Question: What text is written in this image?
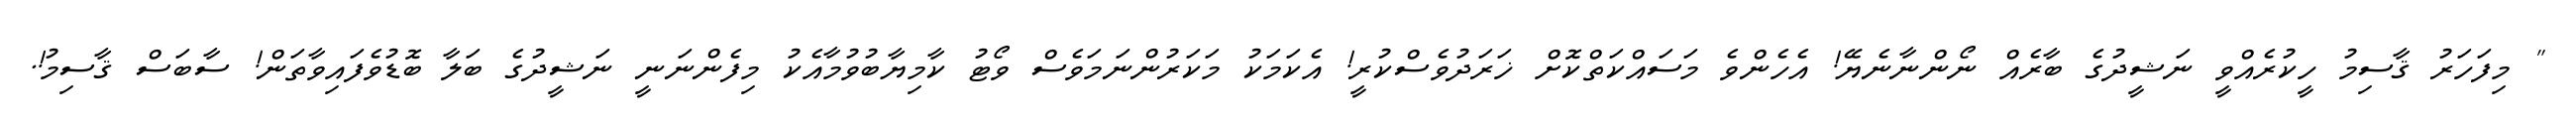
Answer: " މިފަހަރު ޤާސިމު ހީކުރެއްވީ ނަޝީދުގެ ބާރެއް ނޯންނާނެޔޭ! އެހެންވެ މަސައްކަތްކޮށް ޚަރަދުވެސްކުރީ! އެކަމަކު މަކަރުންނަމަވެސް ވޯޓު ކާމިޔާބުވުމާއެކު މިފެންނަނީ ނަޝީދުގެ ބަލާ ބޮޑުވެފައިވާތަން! ސާބަސް ޤާސިމު!.